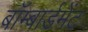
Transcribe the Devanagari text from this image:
बॉम्बार्डमेंट